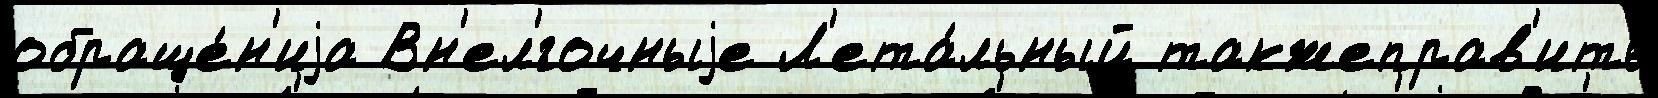
обраще́н'иjа Вн'ел'́гочныjе Л'ета́льный такжеправ'ить